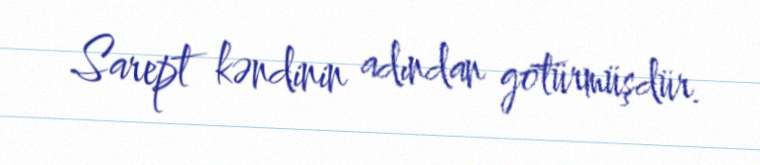
Sarept kəndinin adından götürmüşdür.